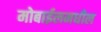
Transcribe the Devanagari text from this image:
मोबाईलमधील